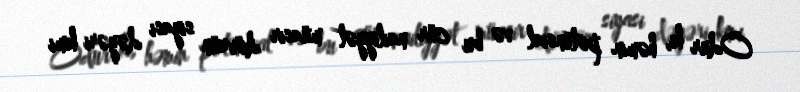
Odur ki, həmin potensial və bu cür nailiyyət müasir dövrün siyasi dəyəri kimi